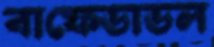
বাফেডাডল